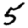
Digit: 5